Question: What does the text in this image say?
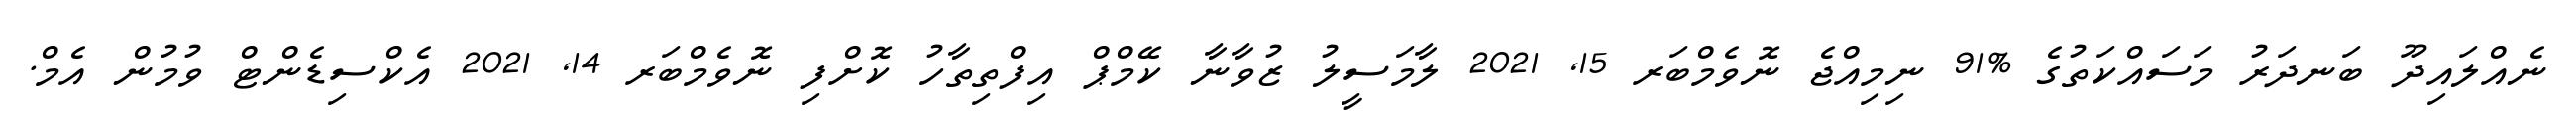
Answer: ނެއްލައިދޫ ބަނދަރު މަސައްކަތުގެ %91 ނިމިއްޖެ ނޮވެމްބަރ 15, 2021 ލާމަސީލު ޒުވާނާ ކޭމްޕް އިފްތިތާހު ކޮށްފި ނޮވެމްބަރ 14, 2021 އެކްސިޑެންޓް ވުމުން އެމް.